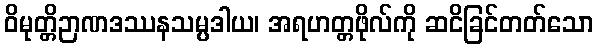
ဝိမုတ္တိဉာဏဒဿနသမ္ပဒါယ၊ အရဟတ္တဖိုလ်ကို ဆငိခြင်တတ်သော